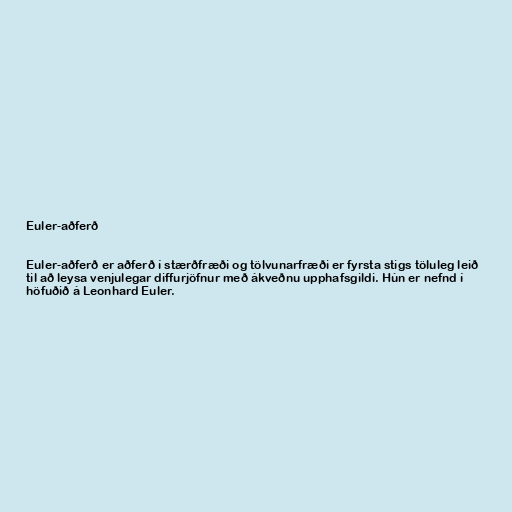
Euler-aðferð

Euler-aðferð er aðferð í stærðfræði og tölvunarfræði er fyrsta stigs töluleg leið
til að leysa venjulegar diffurjöfnur með ákveðnu upphafsgildi. Hún er nefnd í
höfuðið á Leonhard Euler.